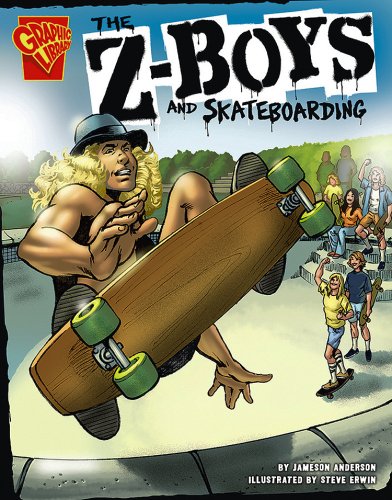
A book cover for The Z-Boys and Skateboarding (Inventions and Discovery); Jameson Anderson; Children's Books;